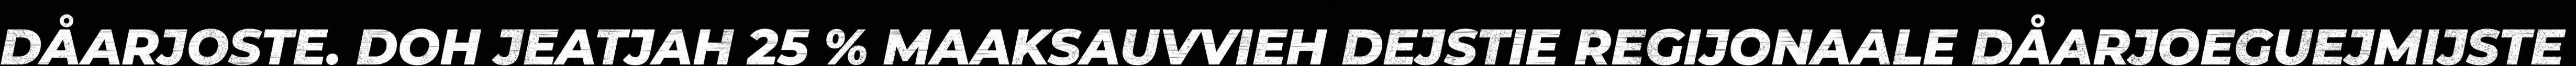
DÅARJOSTE. DOH JEATJAH 25 % MAAKSAUVVIEH DEJSTIE REGIJONAALE DÅARJOEGUEJMIJSTE